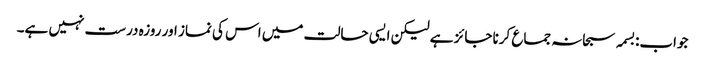
جواب:بسمہ سبحانہ جماع کرنا جائز ہے لیکن ایسی حالت میں اس کی نماز اور روزہ درست نہیں ہے۔